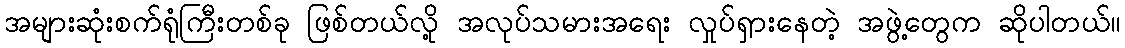
အများဆုံးစက်ရုံကြီးတစ်ခု ဖြစ်တယ်လို့ အလုပ်သမားအရေး လှုပ်ရှားနေတဲ့ အဖွဲ့တွေက ဆိုပါတယ်။